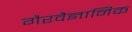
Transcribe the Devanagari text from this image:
गैरवैज्ञानिक